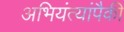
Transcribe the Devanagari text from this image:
अभियंत्यांपैकी